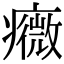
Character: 癓